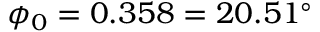
\phi _ { 0 } = 0 . 3 5 8 = 2 0 . 5 1 ^ { \circ }